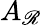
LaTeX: A_{\mathscr{R}}